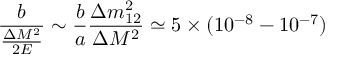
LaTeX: \frac { b } { \frac { \Delta M ^ { 2 } } { 2 E } } \sim \frac { b } { a } \frac { \Delta m _ { 1 2 } ^ { 2 } } { \Delta M ^ { 2 } } \simeq 5 \times ( 1 0 ^ { - 8 } - 1 0 ^ { - 7 } )